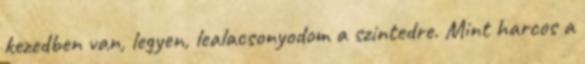
kezedben van, legyen, lealacsonyodom a szintedre. Mint harcos a